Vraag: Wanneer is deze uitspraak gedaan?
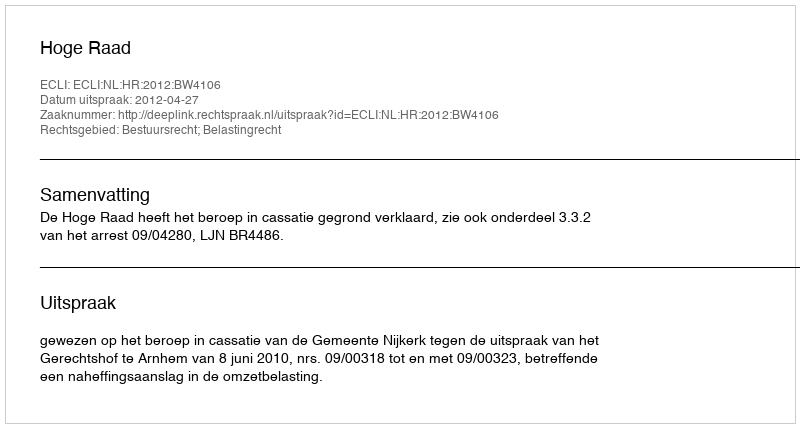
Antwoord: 2012-04-27